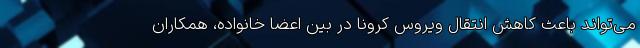
می‌تواند باعث کاهش انتقال ویروس کرونا در بین اعضا خانواده، همکاران